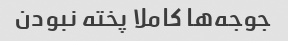
جوجه‌ها کاملا پخته نبودن